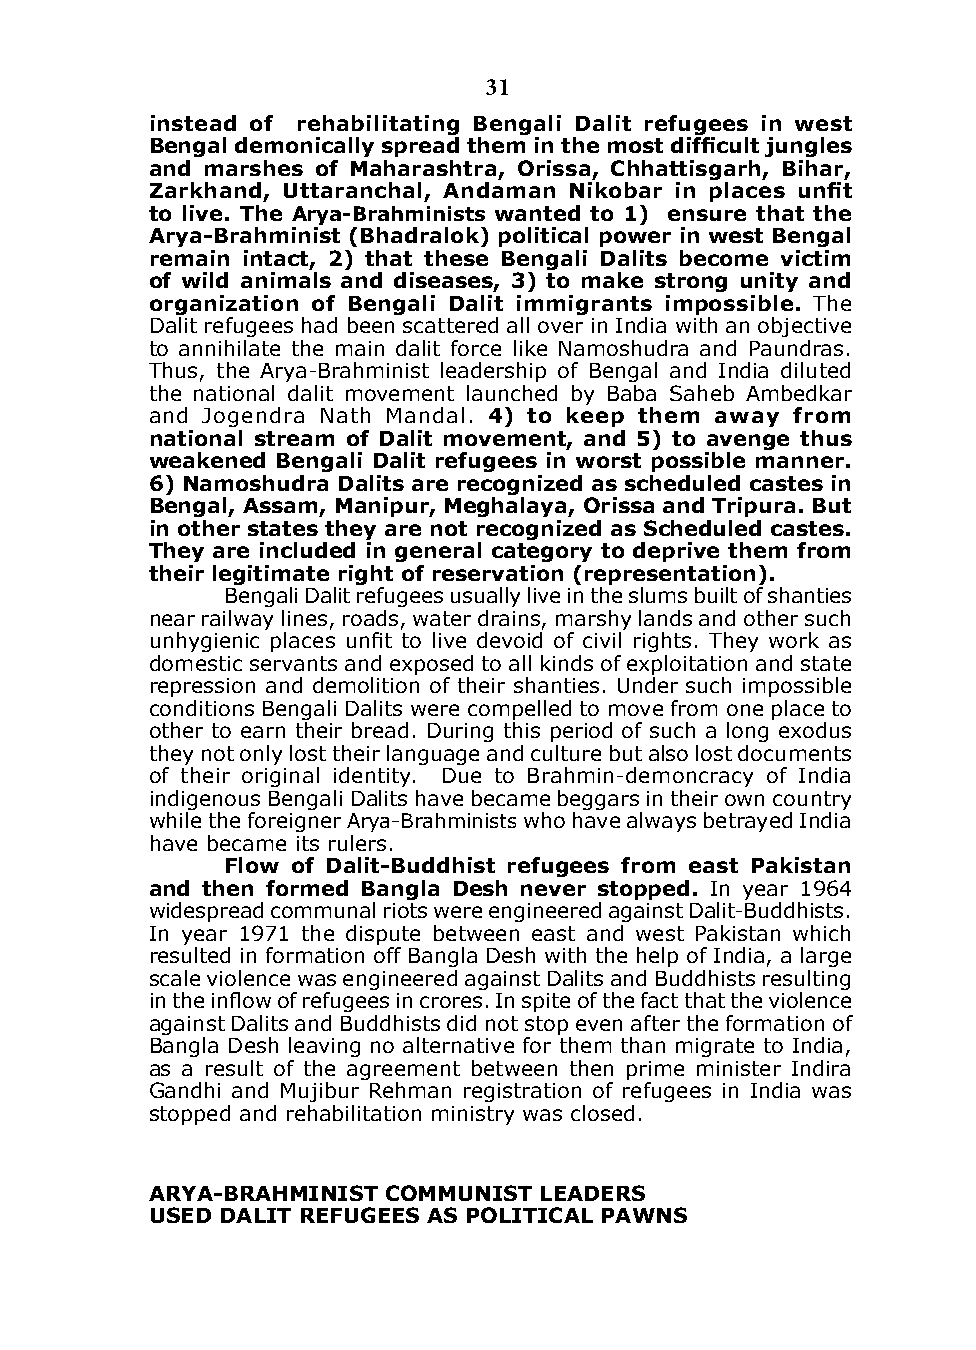
31
 instead of rehabilitating Bengali dalit refugees in west
 Bengal demonically spread them in the most difficult jungles
 and marshes of maharashtra, orissa, chhattisgarh, Bihar,
 Zarkhand, Uttaranchal, Andaman Nikobar in places unfit
 to live. The Arya-Brahminists wanted to 1) ensure that the
 Arya-Brahminist (Bhadralok) political power in west Bengal
 remain intact, 2) that these Bengali dalits become victim
 of wild animals and diseases, 3) to make strong unity and
 organization of Bengali dalit immigrants impossible. The
 dalit refugees had been scattered all over in india with an objective
 to annihilate the main dalit force like Namoshudra and Paundras.
 Thus, the Arya-Brahminist leadership of Bengal and india diluted
 the national dalit movement launched by Baba Saheb Ambedkar
 and Jogendra Nath Mandal. 4) to keep them away from
 national stream of dalit movement, and 5) to avenge thus
 weakened Bengali dalit refugees in worst possible manner.
 6) namoshudra dalits are recognized as scheduled castes in
 Bengal, Assam, manipur, meghalaya, orissa and Tripura. But
 in other states they are not recognized as scheduled castes.
 They are included in general category to deprive them from
 their legitimate right of reservation (representation).
 Bengali dalit refugees usually live in the slums built of shanties
 near railway lines, roads, water drains, marshy lands and other such
 unhygienic places unfit to live devoid of civil rights. They work as
 domestic servants and exposed to all kinds of exploitation and state
 repression and demolition of their shanties. Under such impossible
 conditions Bengali dalits were compelled to move from one place to
 other to earn their bread. during this period of such a long exodus
 they not only lost their language and culture but also lost documents
 of their original identity. due to Brahmin-demoncracy of india
 indigenous Bengali dalits have became beggars in their own country
 while the foreigner Arya-Brahminists who have always betrayed india
 have became its rulers.
 Flow of dalit-Buddhist refugees from east Pakistan
 and then formed Bangla desh never stopped. in year 1964
 widespread communal riots were engineered against dalit-Buddhists.
 in year 1971 the dispute between east and west Pakistan which
 resulted in formation off Bangla desh with the help of india, a large
 scale violence was engineered against dalits and Buddhists resulting
 in the inflow of refugees in crores. In spite of the fact that the violence
 against dalits and Buddhists did not stop even after the formation of
 Bangla desh leaving no alternative for them than migrate to india,
 as a result of the agreement between then prime minister indira
 Gandhi and Mujibur Rehman registration of refugees in india was
 stopped and rehabilitation ministry was closed.
 ARyA-BRAHmInIsT communIsT lEAdERs
 usEd dAlIT REFugEEs As PolITIcAl PAwns